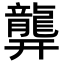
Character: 𪚜